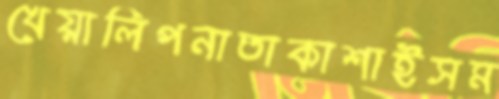
খেয়ালিপনাতাকাশাইসম